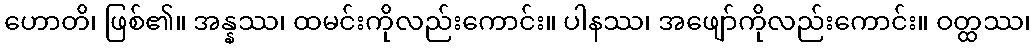
ဟောတိ၊ ဖြစ်၏။ အန္နဿ၊ ထမင်းကိုလည်းကောင်း။ ပါနဿ၊ အဖျော်ကိုလည်းကောင်း။ ဝတ္ထဿ၊